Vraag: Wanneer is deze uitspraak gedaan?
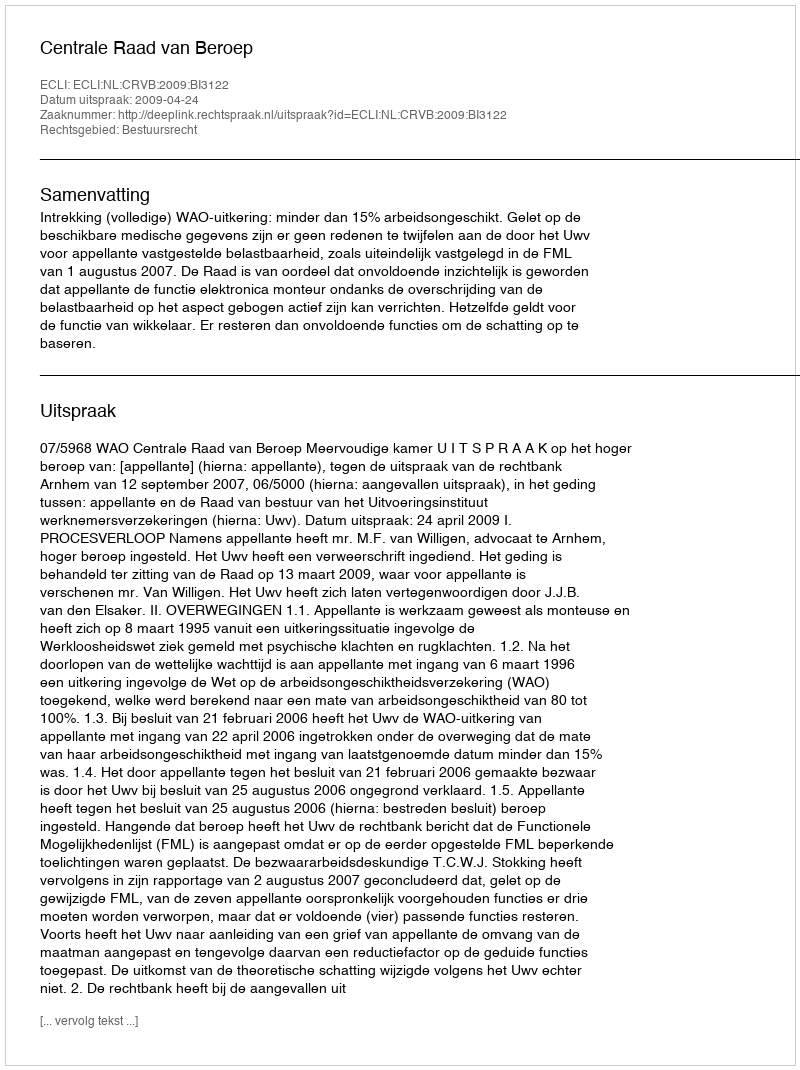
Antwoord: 2009-04-24